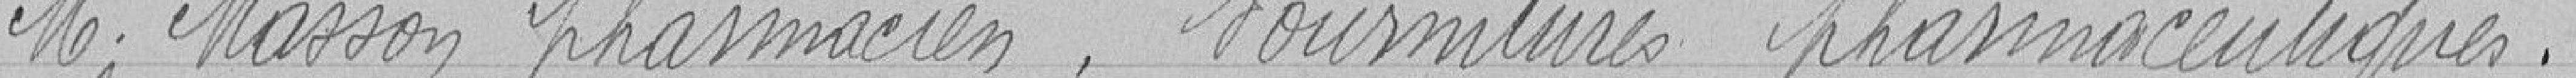
Monsieur MASSON, pharmacien. Fournitures pharmaceutiques.